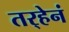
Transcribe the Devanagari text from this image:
तर्‍हेनं